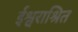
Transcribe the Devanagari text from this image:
ईश्वराश्रित